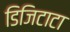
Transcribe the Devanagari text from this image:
डिजिटाटा